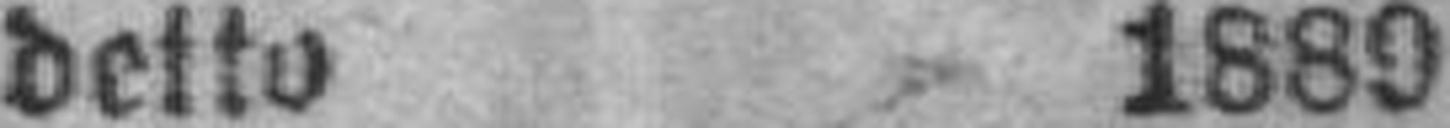
deto 1889